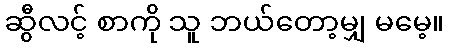
ဆွီလင့် စာကို သူ ဘယ်တော့မျှ မမေ့။